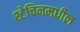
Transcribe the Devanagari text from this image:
श्टेचिनमधील